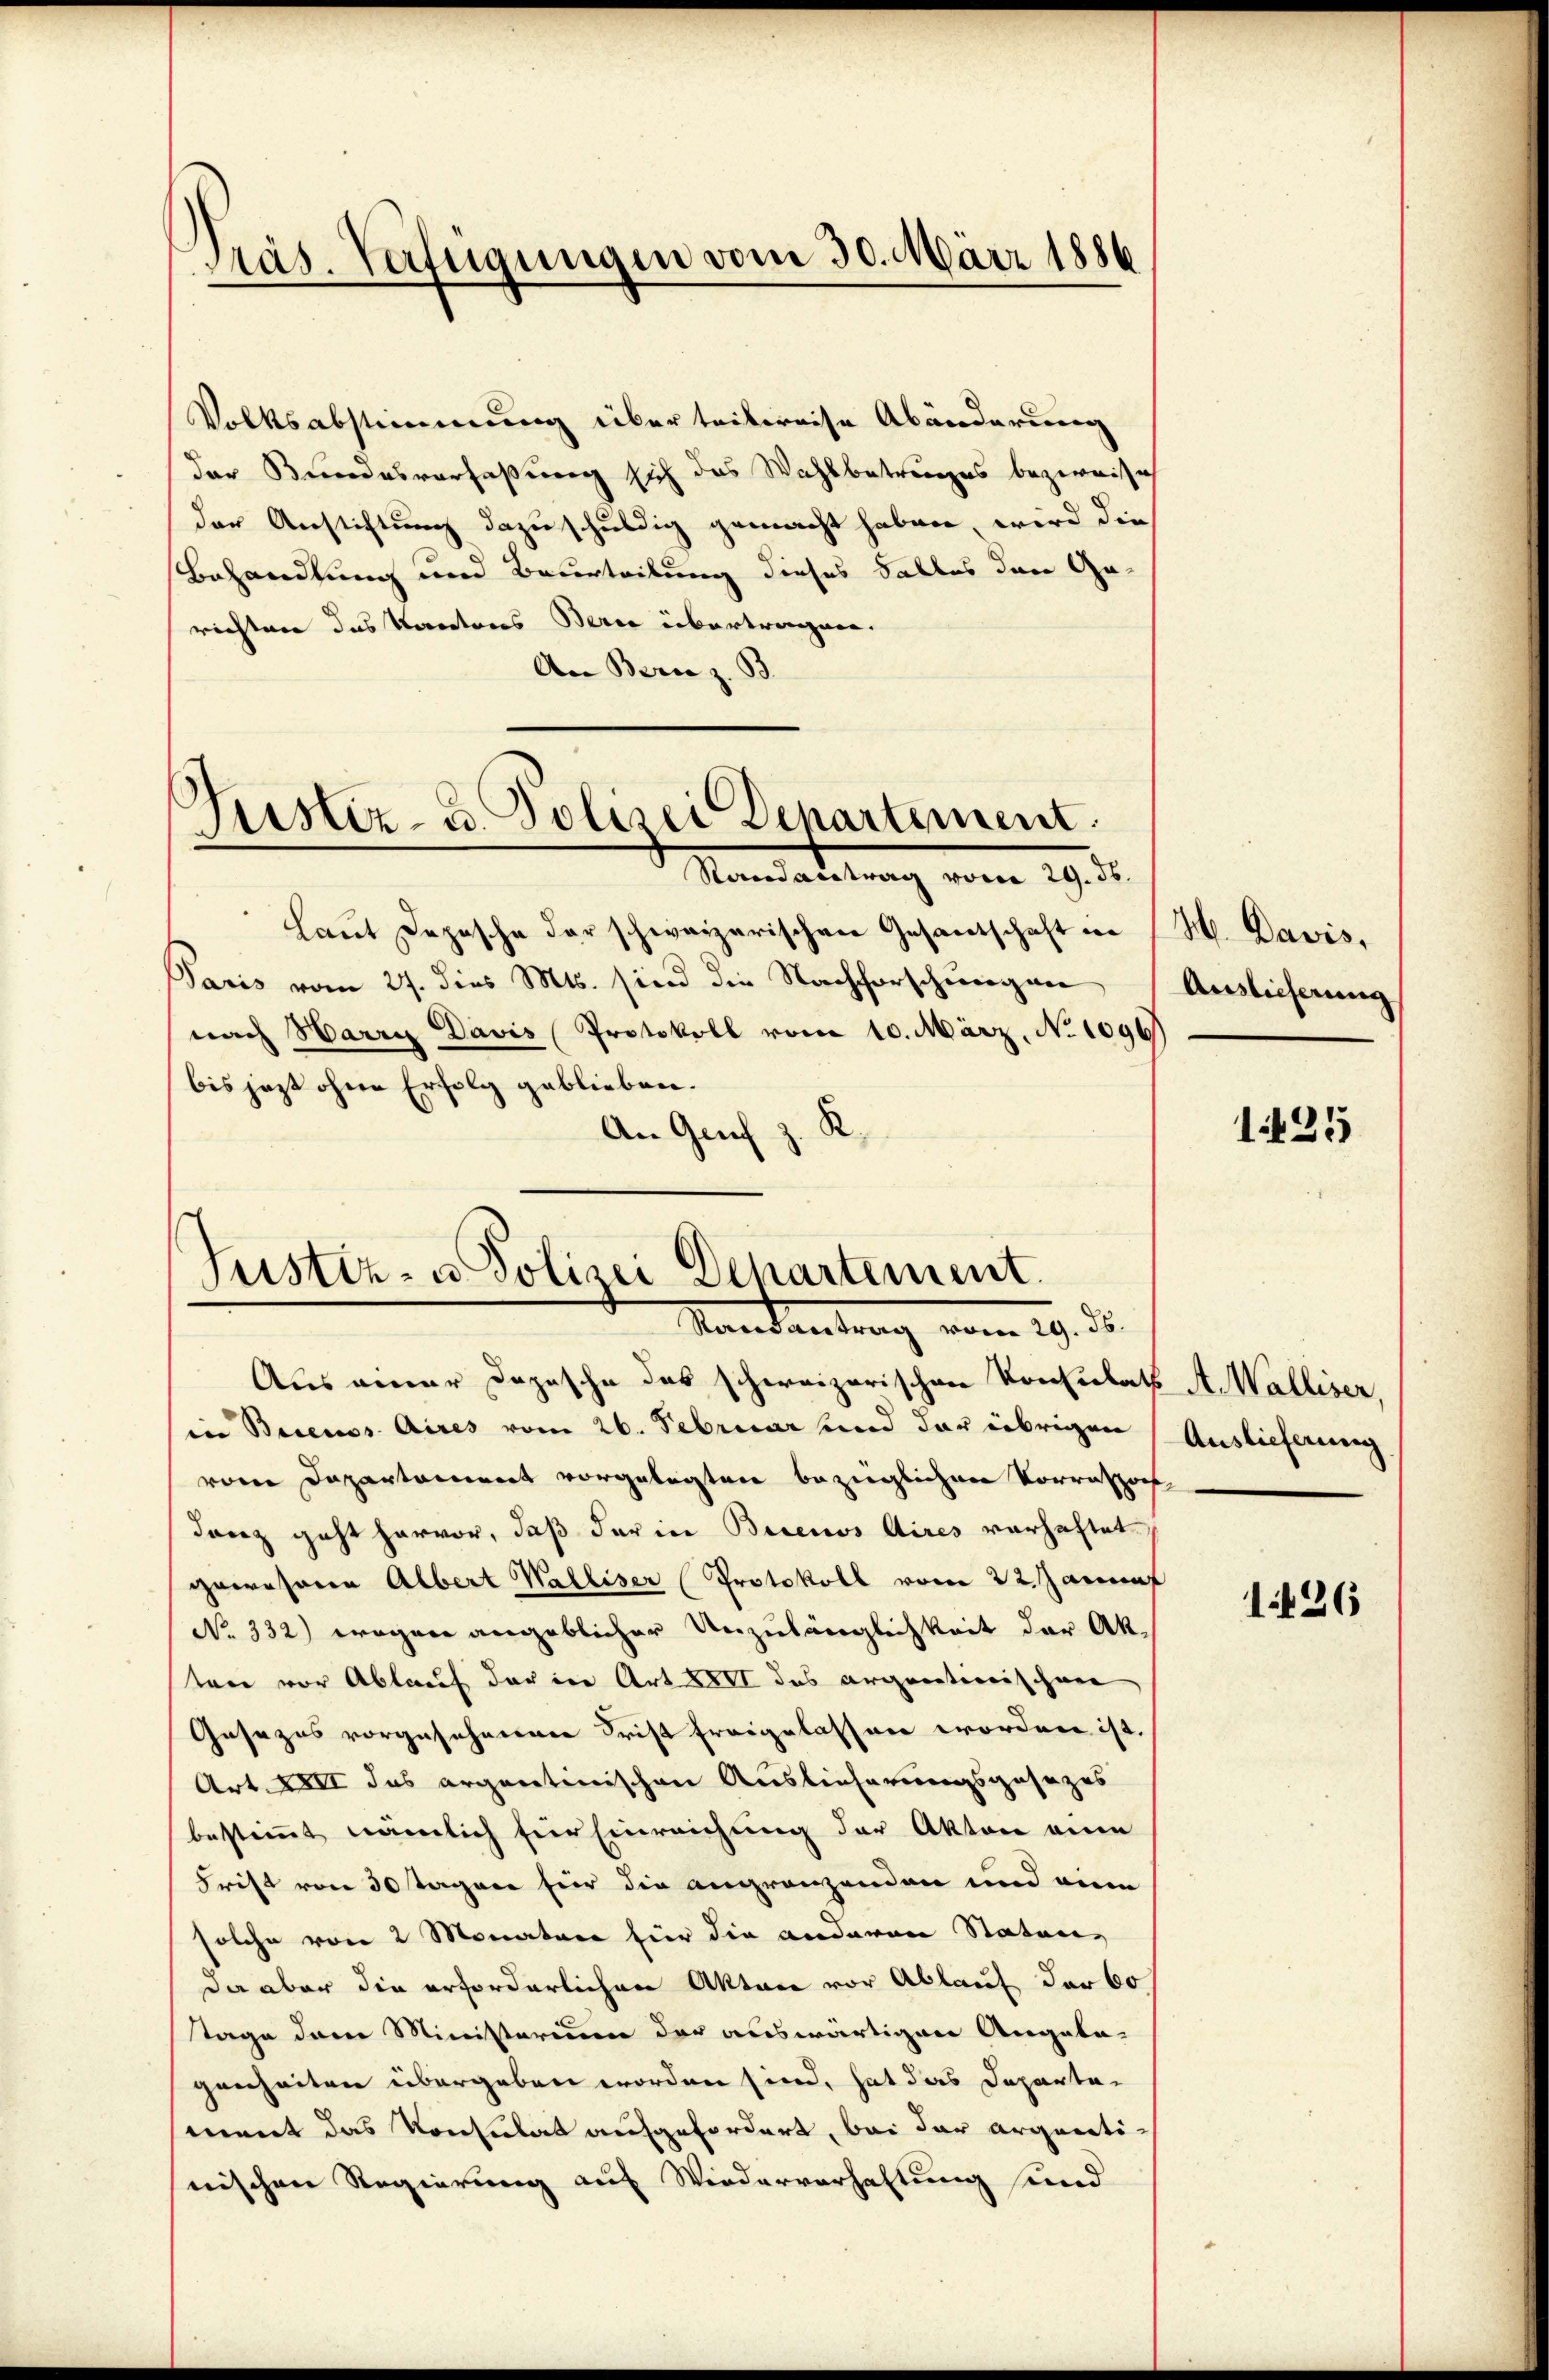
Präs. Verfügungen vom 30. März 1886

Volksabstimmung über teilereise Abänderung
der Bundesverfaßung sich das Wahlbetruges bezweife
der Aussichtung dazu schuldig gemacht haben, wird die
Behandlung und Beurteilung dieses Falles den Ge-
richter das Korectores Berce übertragen.
An Bern z. B.
Justiz- u. Polizei Departement.
Mandartung vom 19. d.
laut Depesche der schweizerischen Gesandschaft in
Paris vom 27. dies Mts. sind die Nachforschungen
nach Harry Davis Protokoll vom 10. März, No 1090
bis jezt ohne Erfolg geblieben.
An Grif z. R.

Justiz- u. Polizei Departement.
Mandandung vom 19. d.

Aus einer Depesche das schweizerischen Konsulats A. Walliser,
in Buenos Aires vom 26. Februar und der übrigen
vom Departement vorgelegten bezüglichen Vorrators
danz geht hervor, daß der in Buenos Aires vorhaftet.
gewesene Albert Walliser Protokoll vom 22. Januar
No. 332) wogen angeblicher Unzulänglichkeit der Ak
ten vor Ablauf der in Art XXVI des argentionischen
Gesezes vorgesehnenen Frist freigelassen worden ist.
Art. XXII des argentinischen Auslieferungsgesezes
bestimmt nämlich für Einreichung der Akten eine
Frist von 30 Tagene für die angränzenden und eine
solche von 2 Monatur für die anderen Statung
da aber die erforderlichen Akten vor Ablauf der Co
tage dem Ministerium der auswärtigen Angela-
genheiten übergeben worden sind, hat das Departement das Konsulat aufgefordert, bei der arganti-
nischen Regierung auf Wiederverhaltung sind

H. Davis,
Auslieferung

125

Auslieferung

1426